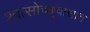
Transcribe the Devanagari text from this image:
श्वासोच्छ्वासात